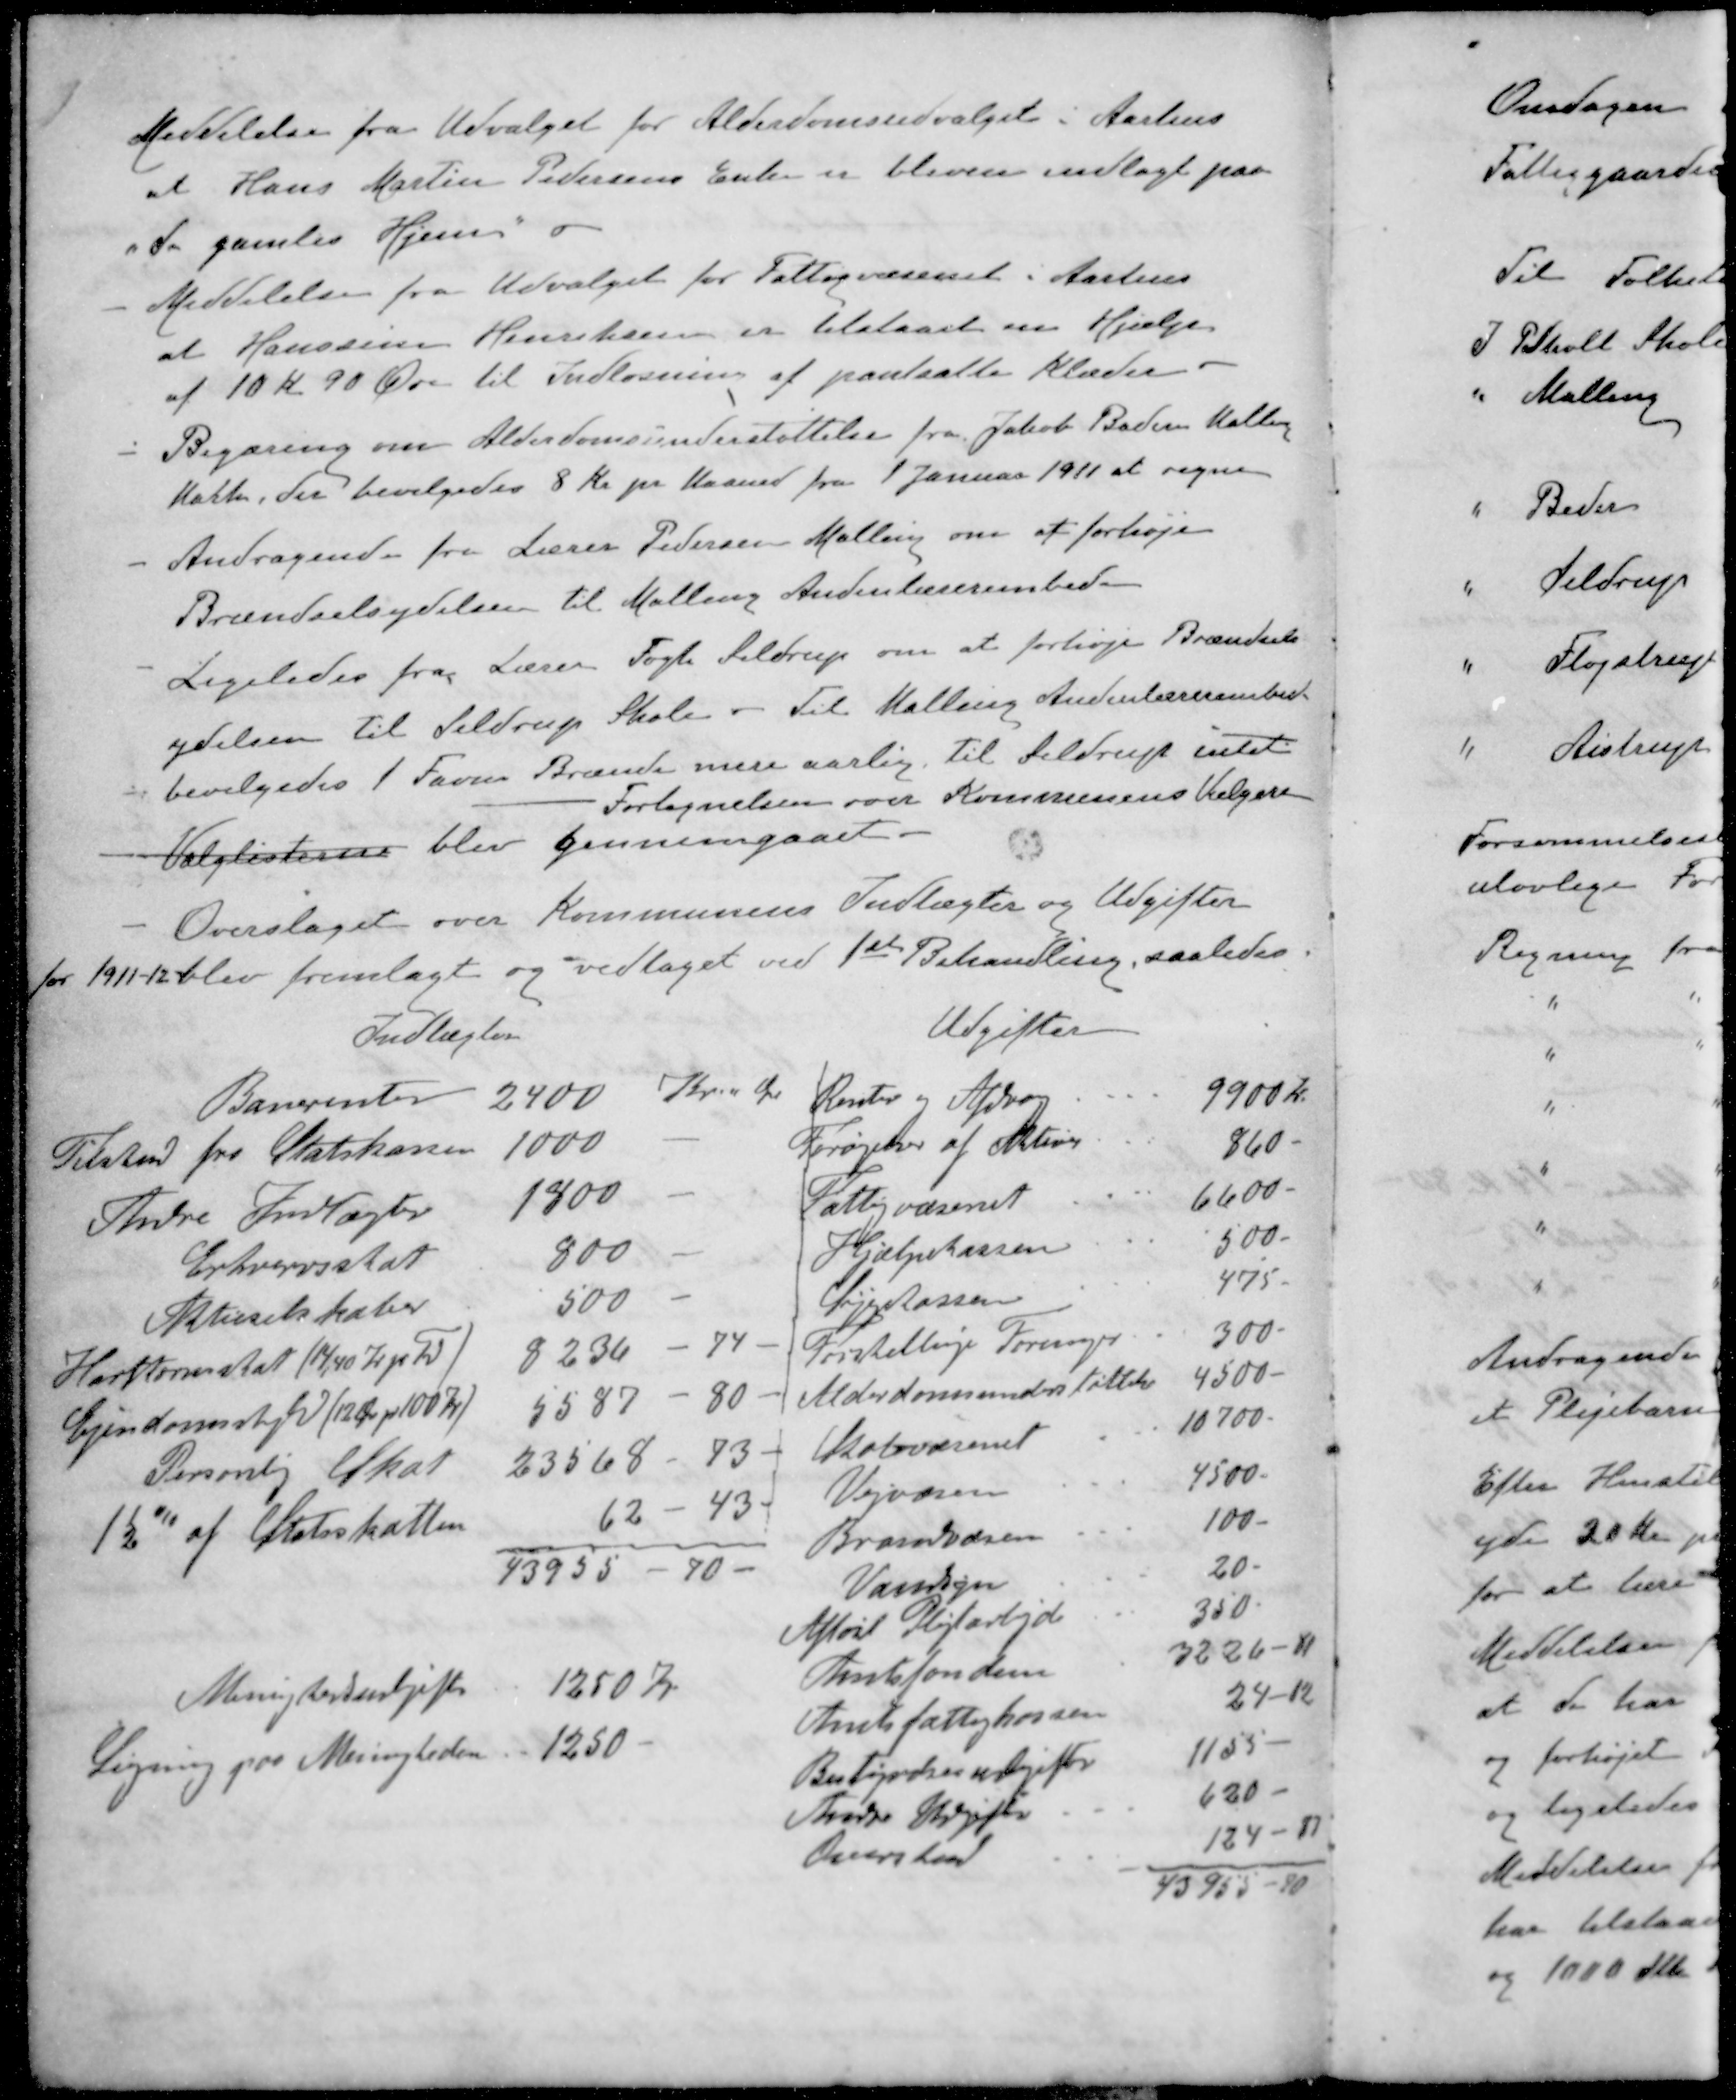
Transskription:
Meddelelse fra Udvalget for Alderdomsudvalget i Aarhus
at Hans Martin Pedersens Enke er bleven indlagt paa
"de gamles Hjem"
- Meddelelse fra Udvalget for Fattigvæsenet i Aarhus
at Hanssine Henriksen er tilstaaet en Hjælp.
af 10 Kr. 90 Øre til Indløsning af pantsatte Klæder.
- Begæring om Alderdomsunderstøttelse fra Jakob Baden Malling
Mark, der bevilgedes 8 Kr pr Maaned fra 1 Januar 1911 at regne
- Andragende fra Lærer Pedersen Malling om at forhøje
Brændselsydelsen til Malling Andenlærerembede
- Ligeledes fra Lærer Fogh Seldrup om at forhøje Brændsels
ydelsen til Seldrup Skole - Til Malling Anderslærerembed
bevilgedes 1 Favn Brænde mere aarlig til Seldrup intet
Fortegnelsen over Kommunens Vælgere
Valglisterne blev gennemgaaet.
Overslaget over Kommunens Indtægter og Udgifter
for 1911-12 blev fremlagt og vedtaget ved 1ste Behandling, saaledes
Indtægter
Banerenter
2400 Kr. - Ør
Tilskud fra Statskassen
1000 -
Andre Indtægter
1800 -
Erhvervsskat
900
Aktieselskaber
500 -
Hartkornsskat 114,40 Kr pr Td
8236 - 74 -
Ejendomsskyld (12 Øre pr 100 Kv)
5587 - 80 -
Personlig Skat
23568 - 73 -
1½% af Statsskatten
62 - 43 -
43955 - 70 -
Menighedseudgifter
1250 Kr
Ligning paa Meningheden
1250 -
Udgifter
Renter og Afdrag
9900 Kr.
Forøgelse af Aktiver
860 -
Fattigvæsenet
6600 -
Hjælpekassen
500 -
Sygekassen
475 -
Forskellinge Foreninger
300 -
Alderdomsunderstøttelse
4500 -
Skolevæsenet
10700 -
Vejvæsen
4500 -
Brandvæsen
100 -
Vand
20 -
Afløst Pligtarbejde
350 -
Amtsfonden
3226 - 81
Amtsfattigkassen
24 - 12
Bestyrelses udgifter
1155 -
Andre Udgifter
620 -
Overskud
124 - 87
43955 - 90